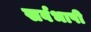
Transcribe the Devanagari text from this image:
सर्वभाषी